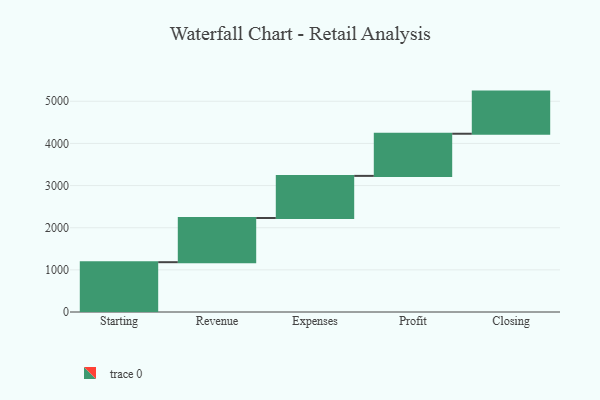
{"axis": {"x": "Step", "y": "Value"}, "legend": [""], "data": [{"x": "Starting", "y": 1182.0, "type": ""}, {"x": "Revenue", "y": 1048.0, "type": ""}, {"x": "Expenses", "y": 1000, "type": ""}, {"x": "Profit", "y": 1000, "type": ""}, {"x": "Closing", "y": 1000, "type": ""}]}